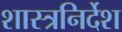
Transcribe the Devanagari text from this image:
शास्त्रनिर्देश